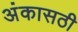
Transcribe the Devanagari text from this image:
अंकासठी